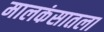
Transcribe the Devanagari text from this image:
मालकंसातला